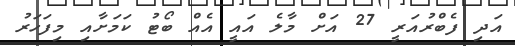
އަދި ފެބްރުއަރީ 27 އަށް މާލެ އައީ އެއް ބޯޓު ކަމަށާއި މިފަހަރު